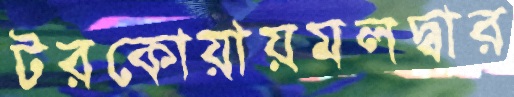
টরকোয়ায়মলদ্বার